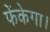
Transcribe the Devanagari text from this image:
फेंकेगा।